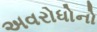
અવરોધોનો